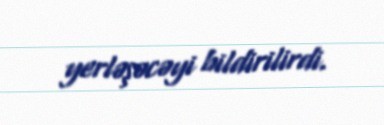
yerləşəcəyi bildirilirdi.